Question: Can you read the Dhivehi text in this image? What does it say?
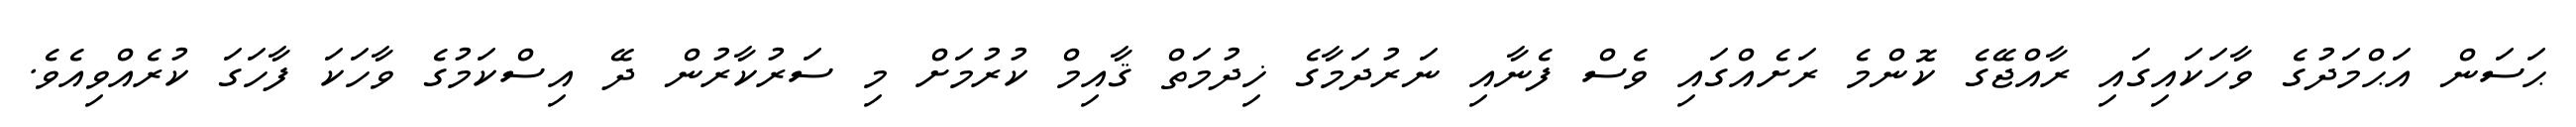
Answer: ޙަސަން އަޙްމަދުގެ ވާހަކައިގައި ރާއްޖޭގެ ކޮންމެ ރަށެއްގައި ވެސް ފެނާއި ނަރުދަމާގެ ޚިދުމަތް ޤާއިމް ކުރުމަށް މި ސަރުކާރުން ދޭ އިސްކަމުގެ ވާހަކަ ފާހަގަ ކުރެއްވިއެވެ.